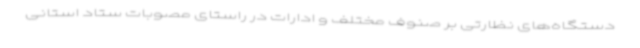
دستگاه‌های نظارتی بر صنوف مختلف و ادارات در راستای مصوبات ستاد استانی